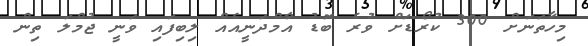
މިހާތަނަށް 300 ކުރޯޑަށް ވުރެ ބޮޑު އާމްދަނީއެއް ލިބިފައި ވަނީ ޖުމްލަ ތިން